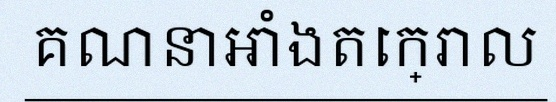
គណនាអាំងតេក្រាល